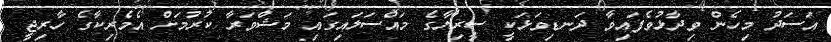
އަސަދު މިހެން ވިދާޅުވެފައިވާ ދަނޑިވަޅަކީ ސީރިޔާގެ މައްސަލައިގައި މަޝްވަރާ ކުރުމަށް އެމެރިކާގެ ހާރިޖީ